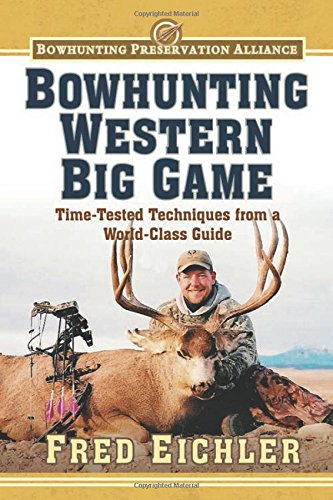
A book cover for Bowhunting Western Big Game: Time-Tested Techniques from a World-Class Guide (Bowhunting Preservation Alliance); Fred Eichler; Sports & Outdoors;